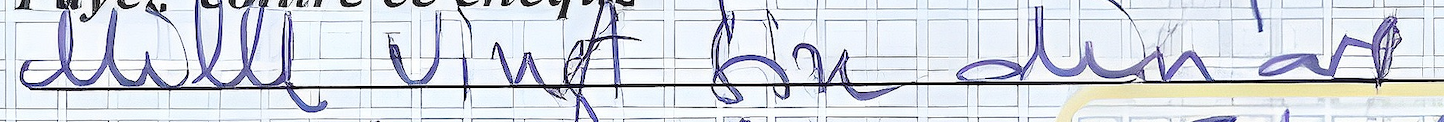
Mille Vingt Six dinars